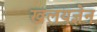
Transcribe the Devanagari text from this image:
खलयज्ञेन